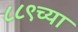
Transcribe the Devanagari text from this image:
८८९च्या